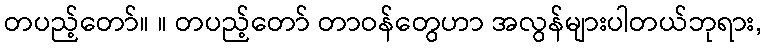
တပည့်တော်။ ။ တပည့်တော် တာဝန်တွေဟာ အလွန်များပါတယ်ဘုရား,